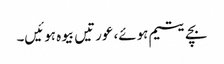
بچے یتیم ہوئے، عورتیں بیوہ ہوئیں۔